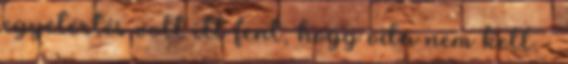
egyetértés volt itt fent, hogy oda nem kell. –